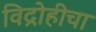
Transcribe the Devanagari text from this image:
विद्रोहीचा